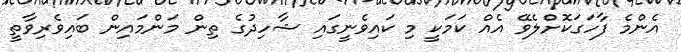
އެންމެ ފާހަގަކޮށްލެވޭ އެއް ކަމަކީ މި ކައިވެނީގައި ޝާހިދުގެ ތިން މަންމައިން ބައިވެރިވާތީ